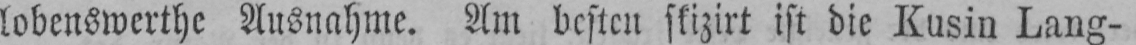
lobenswerthe Ausnahme. Am besten skizirt ist die Kusin Lang-